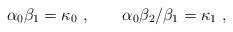
LaTeX: \begin{align*}\alpha_0 \beta_1 = \kappa_0 \ , \qquad\alpha_0 \beta_2 / \beta_1 = \kappa_1 \ ,\end{align*}